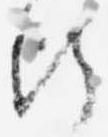
断